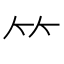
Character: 𥫗